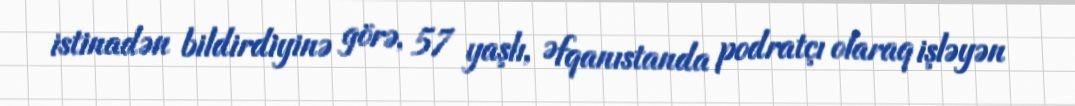
istinadən bildirdiyinə görə, 57 yaşlı, Əfqanıstanda podratçı olaraq işləyən